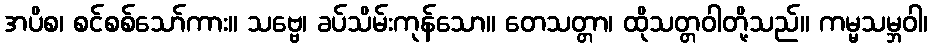
အပိစ၊ စင်စစ်သော်ကား။ သဗ္ဗေ၊ ခပ်သိမ်းကုန်သော။ တေသတ္တာ၊ ထိုသတ္တဝါတို့သည်။ ကမ္မသမ္ဘဝါ၊